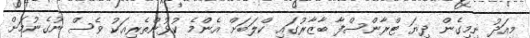
މިއަދު ނިމިގެން ދިޔަ ޓްރާންސްފާ ބާޒާރުގައި ކްލަބަށް އެންމެ ކުޅުންތެރިއަކު ވެސް ނުގެނުމަށް